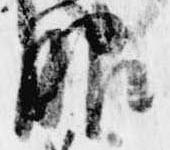
服